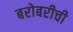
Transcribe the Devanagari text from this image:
बरोबरीची